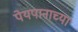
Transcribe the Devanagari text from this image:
पेयपानाच्या